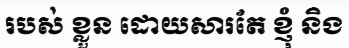
របស់ ខ្លួន ដោយសារតែ ខ្ញុំ និង